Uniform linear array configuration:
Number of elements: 24
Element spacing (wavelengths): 0.5
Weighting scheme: kaiser
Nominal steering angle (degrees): -15
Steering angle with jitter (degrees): -15.488
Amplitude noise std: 0.05
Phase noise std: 0.05

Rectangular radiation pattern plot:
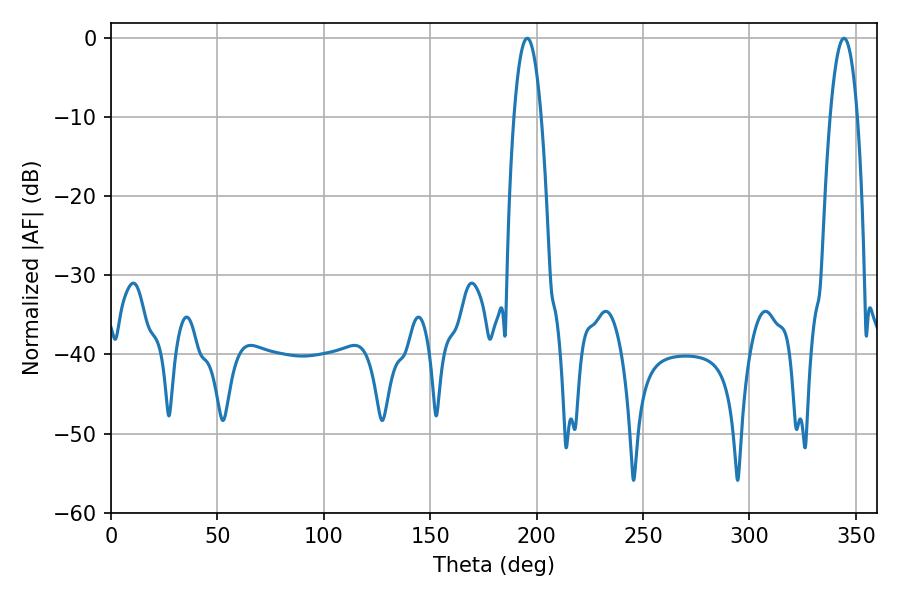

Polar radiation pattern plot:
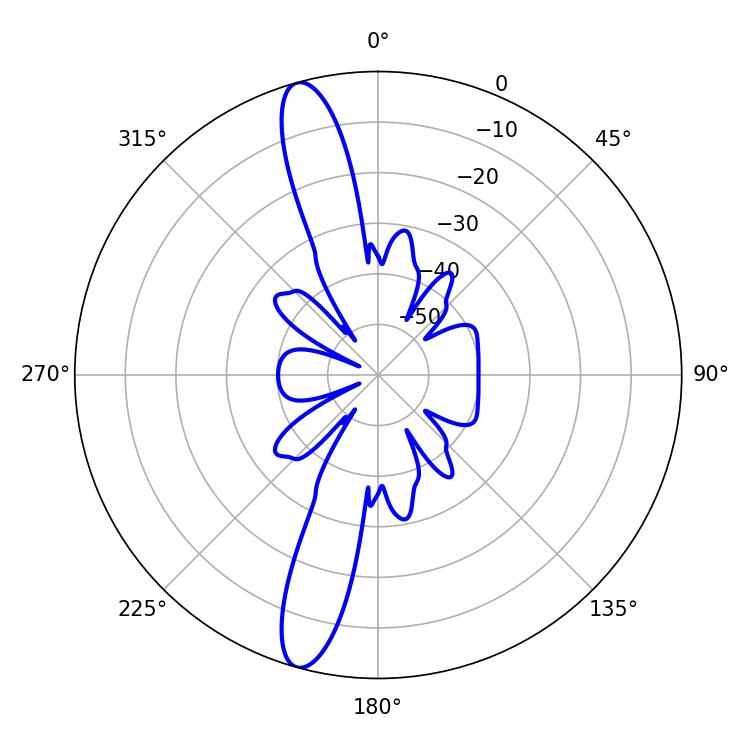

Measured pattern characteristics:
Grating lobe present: FALSE
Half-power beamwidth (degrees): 7.02
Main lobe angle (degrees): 344.52